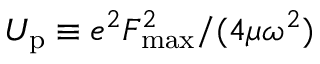
U _ { \mathrm { p } } \equiv { e ^ { 2 } F _ { \mathrm { m a x } } ^ { 2 } } / { ( 4 \mu \omega ^ { 2 } ) }